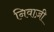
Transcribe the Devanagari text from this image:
निवाज़ी